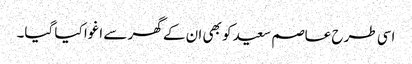
اسی طرح عاصم سعید کو بھی ان کے گھر سے اغوا کیا گیا۔